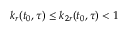
k _ { r } ( t _ { 0 } , \tau ) \leq k _ { 2 r } ( t _ { 0 } , \tau ) < 1